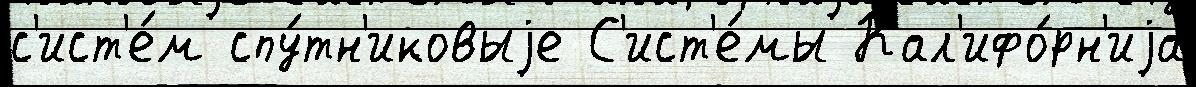
с'ист'е́м спу́тн'иковыjе С'ист'е́мы Кал'ифо́рн'иjа